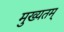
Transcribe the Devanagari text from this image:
मुख्यतम्